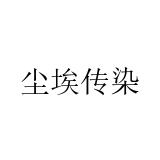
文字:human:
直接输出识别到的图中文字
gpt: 尘埃传染